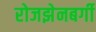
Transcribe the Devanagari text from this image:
रोजझेनबर्गी